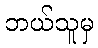
ဘယ်သူမှ